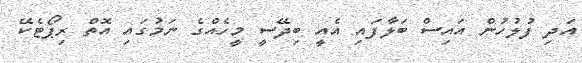
އަދި ފުލުހުން އައިސް ބަލާފައި އެއީ ބިދޭސީ މީހެއްގެ ނަމުގައި އޮތް ރިޕޯޓެކޭ